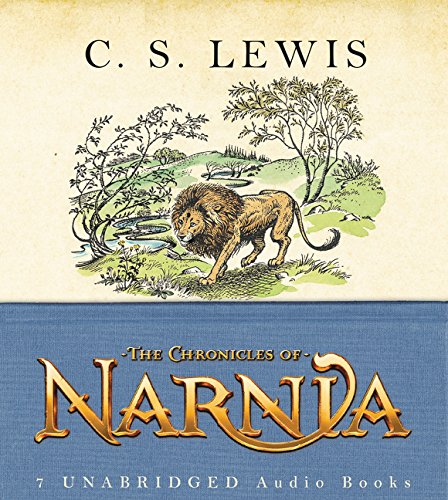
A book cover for The Chronicles of Narnia Complete 7 Volume CD Box Set (Unabridged); C. S. Lewis; Children's Books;